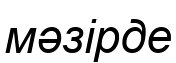
мәзірде